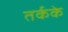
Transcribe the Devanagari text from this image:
तर्कके